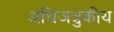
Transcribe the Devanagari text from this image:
अधिजत्रुकीय